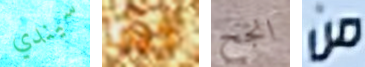
سيندي كيف انجح من